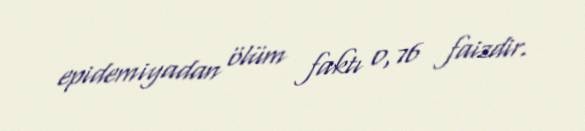
epidemiyadan ölüm faktı 0,76 faizdir.